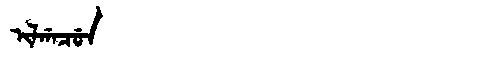
Manchu: ᡳᠯᡤᠠᠴᡠᠨ
Romanization: ILGACUN